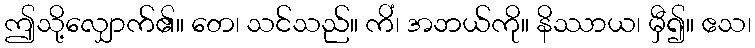
ဤသို့လျှောက်၏။ တေ၊ သင်သည်။ ကိံ၊ အဘယ်ကို။ နိဿာယ၊ မှီ၍။ ဧသ၊